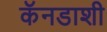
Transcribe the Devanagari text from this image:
कॅनडाशी